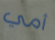
أمي